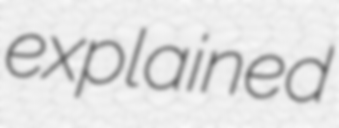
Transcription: explained